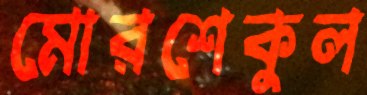
মোরশেকুল